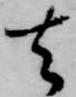
去